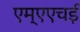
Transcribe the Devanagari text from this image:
एम्एएचई